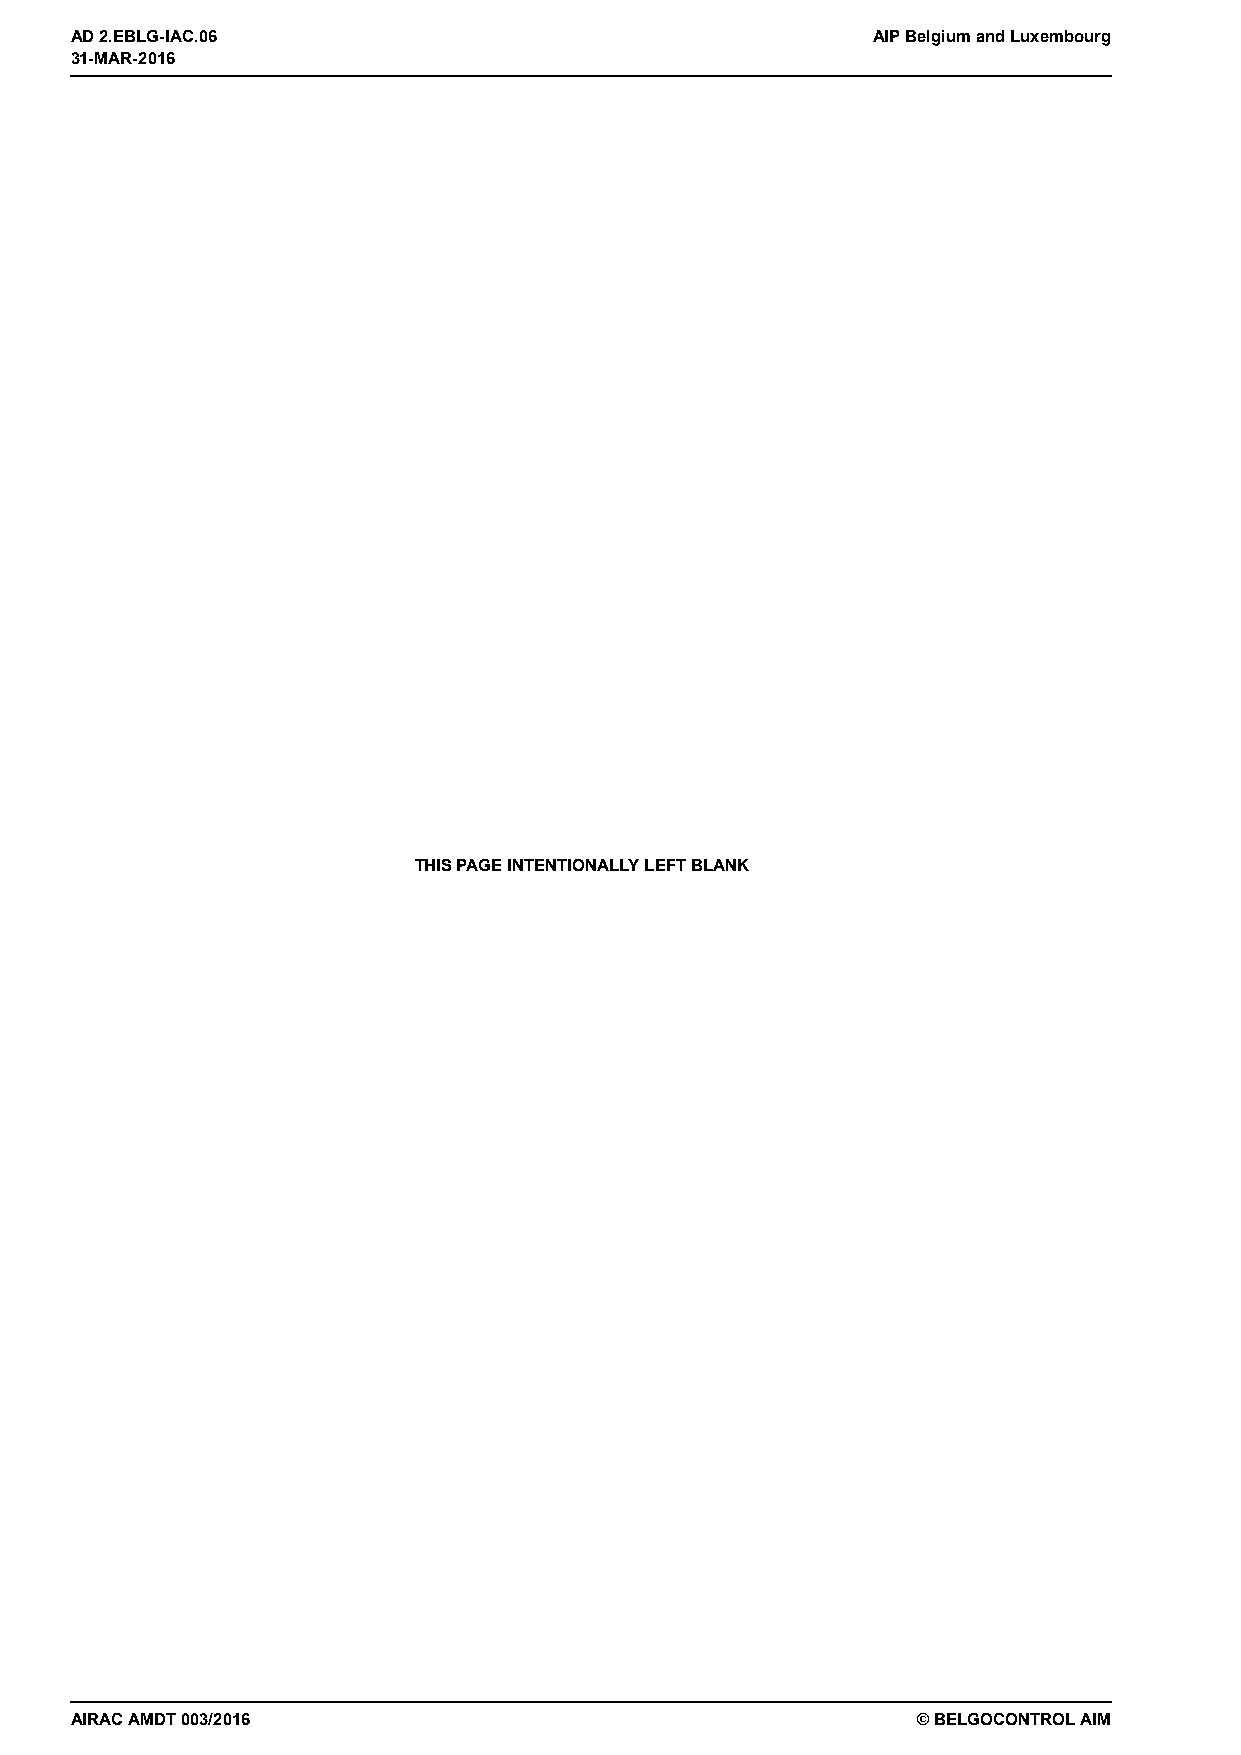
31-MAR-2016
 AD 2.EBLG-IAC.06                                     AIP Belgium and Luxembourg
 31-MAR-2016
 THIS PAGE INTENTIONALLY LEFT BLANK
 AIRAC AMDT 003/2016                                     © BELGOCONTROL AIM